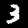
Digit: 3